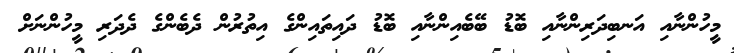
މީހުންނާއި އަނބިދަރިންނާއި ބޮޑު ބޭބެއިންނާއި ބޮޑު ދައިތައިންގެ އިތުރުން ދެބެންގެ ދެދަރި މީހުންނަށް